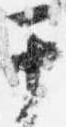
于